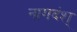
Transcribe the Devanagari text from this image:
नागदंश्